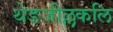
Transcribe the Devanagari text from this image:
थेङजील्लकलि